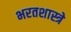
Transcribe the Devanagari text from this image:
भरतशास्त्रे